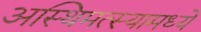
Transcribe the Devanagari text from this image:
अस्थिमत्स्यामध्ये